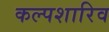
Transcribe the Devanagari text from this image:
कल्पशारिव